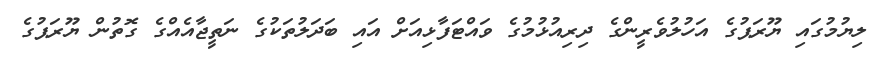
ލިޔުމުގައި ޔޫރަޕުގެ އަހުލުވެރީންގެ ދިރިއުޅުމުގެ ވައްޓަފާޅިއަށް އައި ބަދަލުތަކުގެ ނަތީޖާއެއްގެ ގޮތުން ޔޫރަޕުގެ